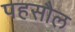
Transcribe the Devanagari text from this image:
पहसौल